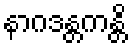
နာဂဒန္တကန္တိ